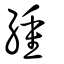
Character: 緟